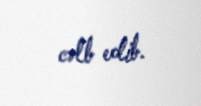
cəlb edib.